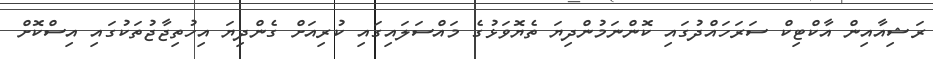
ރަޝިއާއިން އާކްޓިކް ސަރަހައްދުގައި ކޮންނަމުންދިޔަ ތެޔޮވަޅުގެ މައްސަލައިގައި ކުރިއަށް ގެންދިޔަ އިހުތިޖާޖުތަކުގައި އިސްކޮށް